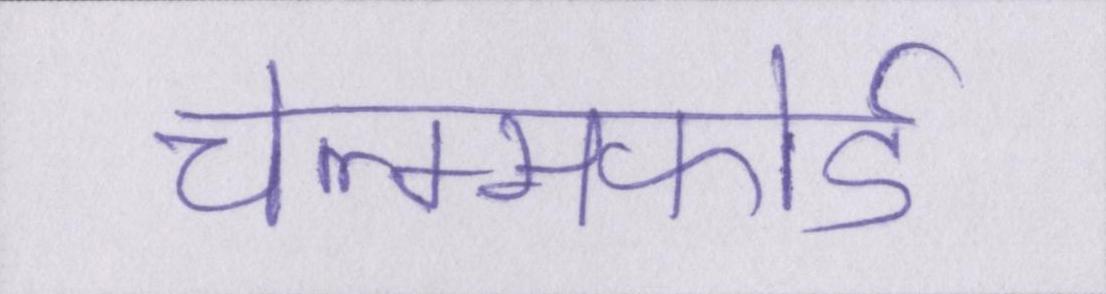
चेल्म्सफोर्ड